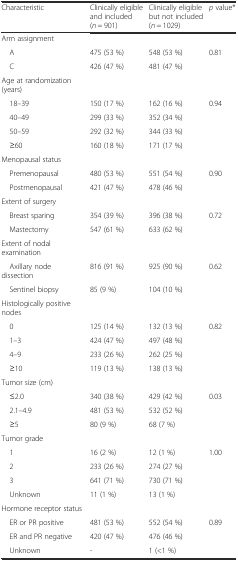
<table><thead><tr><td><b>Characteristic</b></td><td><b>Clinically eligible and included (<i>n</i> = 901)</b></td><td><b>Clinically eligible but not included (<i>n</i> = 1029)</b></td><td><b><i>p</i> value*</b></td></tr></thead><tbody><tr><td>Arm assignment</td><td></td><td></td><td></td></tr><tr><td> A</td><td>475 (53 %)</td><td>548 (53 %)</td><td rowspan="2">0.81</td></tr><tr><td> C</td><td>426 (47 %)</td><td>481 (47 %)</td></tr><tr><td>Age at randomization (years)</td><td></td><td></td><td></td></tr><tr><td> 18–39</td><td>150 (17 %)</td><td>162 (16 %)</td><td rowspan="4">0.94</td></tr><tr><td> 40–49</td><td>299 (33 %)</td><td>352 (34 %)</td></tr><tr><td> 50–59</td><td>292 (32 %)</td><td>344 (33 %)</td></tr><tr><td> ≥60</td><td>160 (18 %)</td><td>171 (17 %)</td></tr><tr><td>Menopausal status</td><td></td><td></td><td></td></tr><tr><td> Premenopausal</td><td>480 (53 %)</td><td>551 (54 %)</td><td rowspan="2">0.90</td></tr><tr><td> Postmenopausal</td><td>421 (47 %)</td><td>478 (46 %)</td></tr><tr><td>Extent of surgery</td><td></td><td></td><td></td></tr><tr><td> Breast sparing</td><td>354 (39 %)</td><td>396 (38 %)</td><td rowspan="2">0.72</td></tr><tr><td> Mastectomy</td><td>547 (61 %)</td><td>633 (62 %)</td></tr><tr><td>Extent of nodal examination</td><td></td><td></td><td></td></tr><tr><td> Axillary node dissection</td><td>816 (91 %)</td><td>925 (90 %)</td><td rowspan="2">0.62</td></tr><tr><td> Sentinel biopsy</td><td>85 (9 %)</td><td>104 (10 %)</td></tr><tr><td>Histologically positive nodes</td><td></td><td></td><td></td></tr><tr><td> 0</td><td>125 (14 %)</td><td>132 (13 %)</td><td rowspan="4">0.82</td></tr><tr><td> 1–3</td><td>424 (47 %)</td><td>497 (48 %)</td></tr><tr><td> 4–9</td><td>233 (26 %)</td><td>262 (25 %)</td></tr><tr><td> ≥10</td><td>119 (13 %)</td><td>138 (13 %)</td></tr><tr><td>Tumor size (cm)</td><td></td><td></td><td></td></tr><tr><td> ≤2.0</td><td>340 (38 %)</td><td>429 (42 %)</td><td rowspan="3">0.03</td></tr><tr><td> 2.1–4.9</td><td>481 (53 %)</td><td>532 (52 %)</td></tr><tr><td> ≥5</td><td>80 (9 %)</td><td>68 (7 %)</td></tr><tr><td>Tumor grade</td><td></td><td></td><td></td></tr><tr><td> 1</td><td>16 (2 %)</td><td>12 (1 %)</td><td rowspan="4">1.00</td></tr><tr><td> 2</td><td>233 (26 %)</td><td>274 (27 %)</td></tr><tr><td> 3</td><td>641 (71 %)</td><td>730 (71 %)</td></tr><tr><td> Unknown</td><td>11 (1 %)</td><td>13 (1 %)</td></tr><tr><td>Hormone receptor status</td><td></td><td></td><td></td></tr><tr><td> ER or PR positive</td><td>481 (53 %)</td><td>552 (54 %)</td><td rowspan="3">0.89</td></tr><tr><td> ER and PR negative</td><td>420 (47 %)</td><td>476 (46 %)</td></tr><tr><td> Unknown</td><td>-</td><td>1 (&lt;1 %)</td></tr></tbody></table>